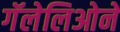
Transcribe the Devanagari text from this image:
गॅलेलिओने